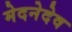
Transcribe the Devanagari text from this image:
मेदनेदेव